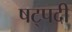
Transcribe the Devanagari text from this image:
षट्‍पदी